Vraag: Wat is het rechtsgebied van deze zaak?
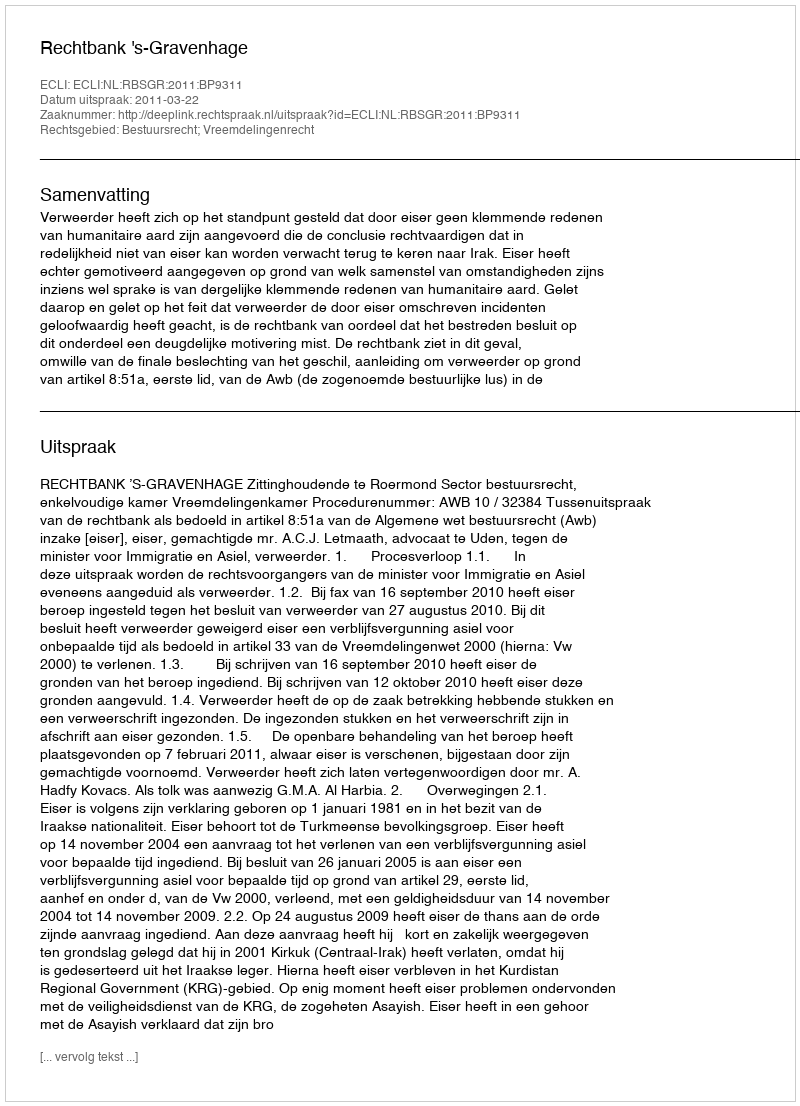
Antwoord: Bestuursrecht; Vreemdelingenrecht